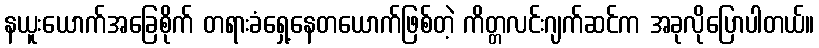
နယူးယောက်အခြေစိုက် တရားခံရှေ့နေတယောက်ဖြစ်တဲ့ ကိတ္တလင်းဂျက်ဆင်က အခုလိုပြောပါတယ်။